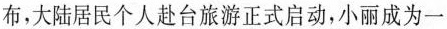
布，大陆居民个人赴台旅游正式启动，小丽成为一